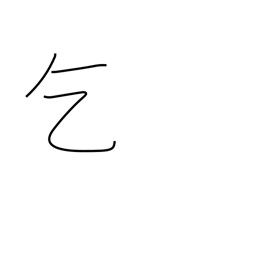
Meaning: ask